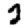
Digit: 2